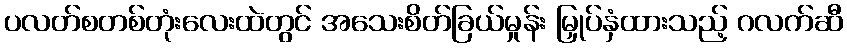
ပလတ်စတစ်တုံးလေးထဲတွင် အသေးစိတ်ခြယ်မှုန်း မြှုပ်နှံထားသည့် ဂလက်ဆီ